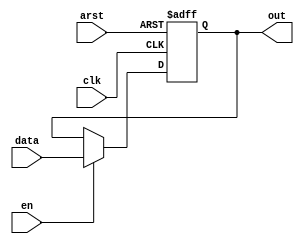
/*--  *******************************************************
--  Computer Architecture Course, Laboratory Sources 
--  Amirkabir University of Technology (Tehran Polytechnic)
--  Department of Computer Engineering (CE-AUT)
--  https://ce[dot]aut[dot]ac[dot]ir
--  *******************************************************
--  All Rights reserved (C) 2019-2020
--  *******************************************************
--  Student ID  : 
--  Student Name: 
--  Student Mail: 
--  *******************************************************
--  Additional Comments:
--
--*/

/*-----------------------------------------------------------
---  Module Name:  Memory Unit Utils
---  Description: Module5:
-----------------------------------------------------------*/
`timescale 1 ns/1 ns

/***********************************************************/
/************** Design Your Own Modules Below **************/

module D_FF(
	input arst,
	input clk,
	input en,
	input data,
	output reg out
);

	always @ (posedge clk or posedge arst)
		if (arst)
			out <= 1'b0;
		else if (en)
			out <= data;

endmodule
	
/************** Design Your Own Modules Above **************/
/***********************************************************/